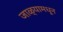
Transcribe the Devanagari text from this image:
जाळ्यामधून